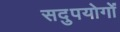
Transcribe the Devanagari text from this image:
सदुपयोगों